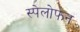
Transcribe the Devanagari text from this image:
स्पेलोफन